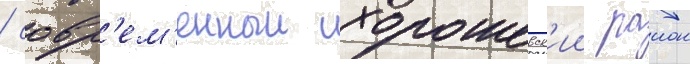
/ совр'ем'енныи хорошевск'ии раион